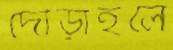
দৌড়াইলে